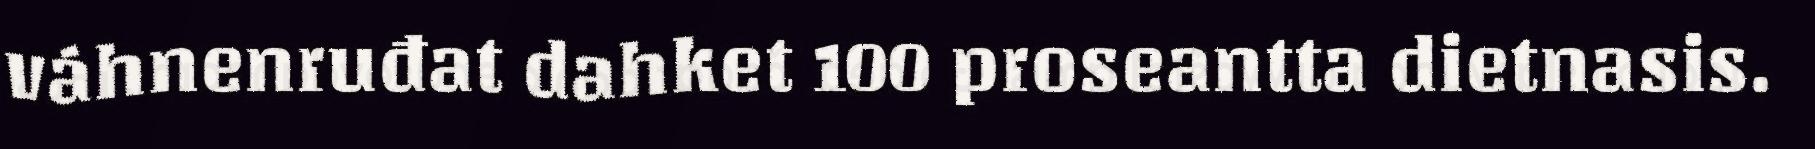
váhnenruđat dahket 100 proseantta dietnasis.